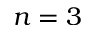
n = 3